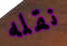
نقله